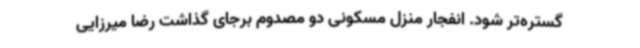
گستره‌تر شود. انفجار منزل مسکونی دو مصدوم برجای گذاشت رضا میرزایی